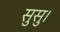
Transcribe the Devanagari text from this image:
सुसु।